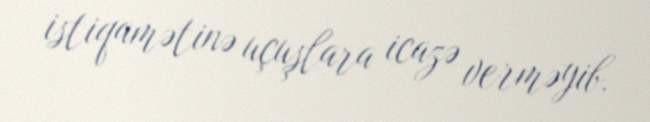
istiqamətinə uçuşlara icazə verməyib.